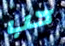
حب